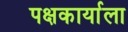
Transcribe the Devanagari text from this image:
पक्षकार्याला